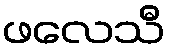
ဖလေသီ